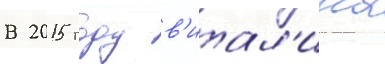
В 2015 году в'итал'ина